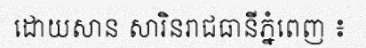
ដោយសាន សារិនរាជធានីភ្នំពេញ ៖